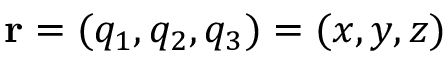
\mathbf { r } = ( q _ { 1 } , q _ { 2 } , q _ { 3 } ) = ( x , y , z )